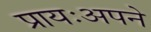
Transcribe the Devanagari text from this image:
प्रायःअपने